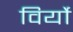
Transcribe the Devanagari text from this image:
विर्यो